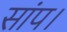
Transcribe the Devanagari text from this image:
सांप।